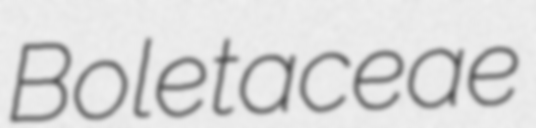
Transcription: Boletaceae